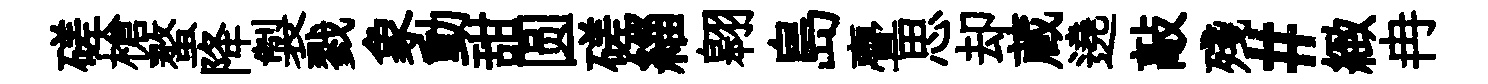
磋槍螯降製戮象動甜圆磋緇翱島亹思却蔵遶敲殘#緻冉